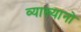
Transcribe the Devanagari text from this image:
व्याख्यानो